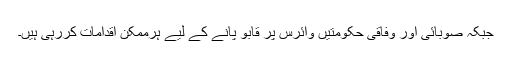
جبکہ صوبائی اور وفاقی حکومتیں وائرس پر قابو پانے کے لیے ہرممکن اقدامات کررہی ہیں۔